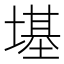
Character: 𪤏